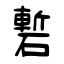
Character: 磛